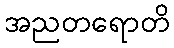
အညတရောတိ